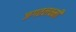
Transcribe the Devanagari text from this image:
जगतलक्ष्मी